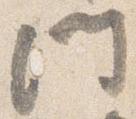
門